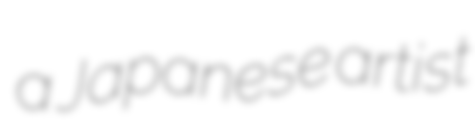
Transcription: a Japanese artist